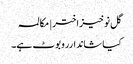
گل نوخیز اختر | مکالمہ
کیا شاندارروبوٹ ہے۔